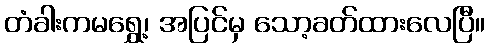
တံခါးကမရွှေ့၊ အပြင်မှ သော့ခတ်ထားလေပြီ။